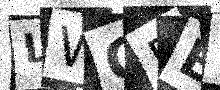
Text: LWG5ER